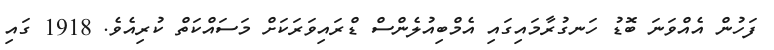
ފަހުން އެއްވަނަ ބޮޑު ހަނގުރާމައިގައި އެމްބިއުލެންސް ޑްރައިވަރަކަށް މަސައްކަތް ކުރިއެވެ. 1918 ގައި